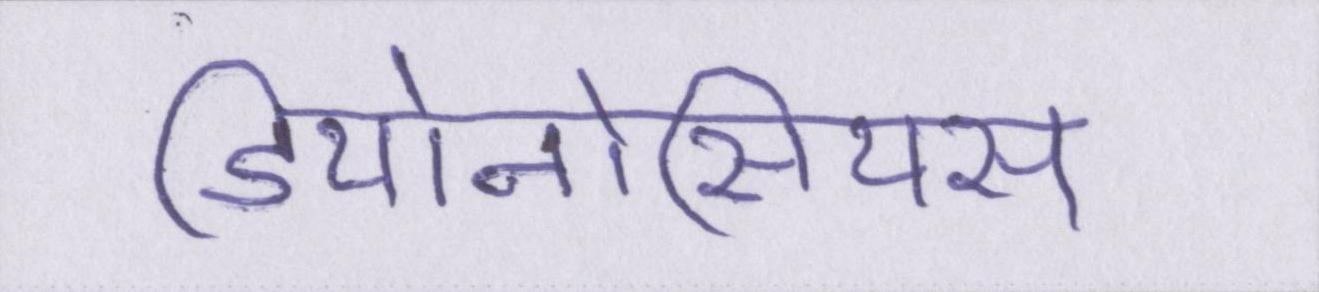
डियोनोसियस